Report of the Indian Hemp Drugs Commission, 1894-1895 - Volume VI
Year: 1894
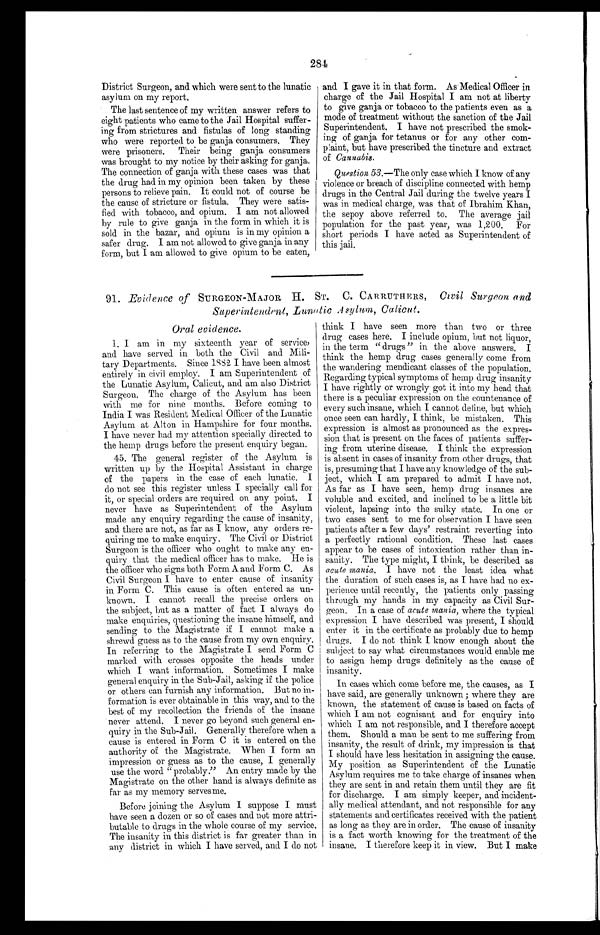
281
District Surgeon, and which were sent to the lunatic
asylum on my report.
The last sentence of my written answer refers to
eight patients who came to the Jail Hospital suffer
- i n g f r o m s t r i c t u r e s a n d f i s t u l a s o f l o n g s t a n d i n g
who were reported to be ganja consumers. They
were prisoners. Their being ganja consumers
was brought to my notice by their asking for ganja.
The connection of ganja with these cases was that
the drug had in my opinion been taken by these
persons to relieve pain. It could not of course be
the cause of stricture or fistula. They were satis
- f i e d w i t h t o b a c c o , a n d o p i u m . I a m n o t a l l o w e d
by rule to give ganja in the form in which it is
sold in the bazar, and opium is in my opinion a
safer drug. I am not allowed to give ganja in any
form, but I am allowed to give opium to be eaten,
and I gave it in that form. As Medical Officer in
charge of the Jail Hospital I am not at liberty
to give ganja or tobacco to the patients even as a
mode of treatment without the sanction of the Jail
Superintendent. I have not prescribed the smok
-ing of ganja for tetanus or for any other com-
plaint, but have prescribed the tincture and extract
of Cannabis.
Question 53.—The only case which I know of any
violence or breach of discipline connected with hemp
drugs in the Central Jail during the twelve years I
was in medical charge, was that of Ibrahim Khan,
the sepoy above referred to. The average jail
population for the past year, was 1,200. For
short periods I have acted as Superintendent of
this jail.
91. Evidence of SURGEON-MAJOR H. ST. C. CARRUTHERS, Civil Surgeon and
Superintendent, Lunatic A sylum, Calicut.
Oral evidence.
1. I am in my sixteenth year of service,
and have served in both the Civil and Mili
- t a r y D e p a r t m e n t s . S i n c e 1 8 8 2 I h a v e b e e n a l m o s t
entirely in civil employ. I am Superintendent of
the Lunatic Asylum, Calicut, and am also District
Surgeon. The charge of the Asylum has been
with me for nine months. Before coming to
India I was Resident Medical Officer of the Lunatic
Asylum at Alton in Hampshire for four months.
I have never had my attention specially directed to
the hemp drugs before the present enquiry began.
45. The general register of the Asylum is
written up by the Hospital Assistant in charge
of the papers in the case of each lunatic. I
do not see this register unless I specially call for
it, or special orders are required on any point. I
never have as Superintendent of the Asylum
made any enquiry regarding the cause of insanity,
and there are not, as far as I know, any orders re
-quiring me to make enquiry. The Civil or District
Surgeon is the officer who ought to make any en
-quiry that the medical officer has to make. He is
the officer who signs both Form A and Form C. As
Civil Surgeon I have to enter cause of insanity
in Form C. This cause is often entered as un
-known. I cannot recall the precise orders on
the subject, but as a matter of fact I always do
make enquiries, questioning the insane himself, and
sending to the Magistrate if I cannot make a
shrewd guess as to the cause from my own enquiry.
In referring to the Magistrate I send Form C
marked with crosses opposite the heads under
which I want information. Sometimes I make
general enquiry in the Sub-Jail, asking if the police
or others can furnish any information. But no in
-formation is ever obtainable in this way, and to the
best of my recollection the friends of the insane
never attend. I never go beyond such general en
-quiry in the Sub-Jail. Generally therefore when a
cause is entered in Form C it is entered on the
authority of the Magistrate. When I form an
impression or guess as to the cause, I generally
use the word "probably." An entry made by the
Magistrate on the other hand is always definite as
far as my memory servesme.
Before joining the Asylum I suppose I must
have seen a dozen or so of cases and not more attri
-butable to drugs in the whole course of my service.
The insanity in this district is far greater than in
any district in which I have served, and I do not
think I have seen more than two or three
drug cases here. I include opium, but not liquor,
in the term "drugs" in the above answers. I
think the hemp drug cases generally come from
the wandering mendicant classes of the population.
Regarding typical symptoms of hemp drug insanity
I have rightly or wrongly got it into my head that
there is a peculiar expression on the countenance of
every such insane, which I cannot define, but which
once seen can hardly, I think, be mistaken. This
expression is almost as pronounced as the expres
-sion that is present on the faces of patients suffer
-ing from uterine disease. I think the expression
is absent in cases of insanity from other drugs, that
is, presuming that I have any knowledge of the sub
-ject, which I am prepared to admit I have not.
As far as I have seen, hemp drug insanes are
voluble and excited, and inclined to be a little bit
violent, lapsing into the sulky state. In one or
two cases sent to me for observation I have seen
patients after a few days' restraint reverting into
a perfectly rational condition. These last cases
appear to be cases of intoxication rather than in
-sanity. The type might, I think, be described as
acute mania. I have not the least idea what
the duration of such cases is, as I have had no ex
-perience until recently, the patients only passing
through my hands in my capacity as Civil Sur
-geon. In a case of acute mania, where the typical
expression I have described was present, I should
enter it in the certificate as probably due to hemp
drugs. I do not think I know enough about the
subject to say what circumstances would enable me
to assign hemp drugs definitely as the cause of
insanity.
In cases which come before me, the causes, as I
have said, are generally unknown; where they are
known, the statement of cause is based on facts of
which I am not cognisant and for enquiry into
which I am not responsible, and I therefore accept
them. Should a man be sent to me suffering from
insanity, the result of drink, my impression is that
I should have less hesitation in assigning the cause.
My position as Superintendent of the Lunatic
Asylum requires me to take charge of insanes when
they are sent in and retain them until they are fit
for discharge. I am simply keeper, and incident
-ally medical attendant, and not responsible for any
statements and certificates received with the patient
as long as they are in order. The cause of insanity
is a fact worth knowing for the treatment of the
insane. I therefore keep it in view. But I make